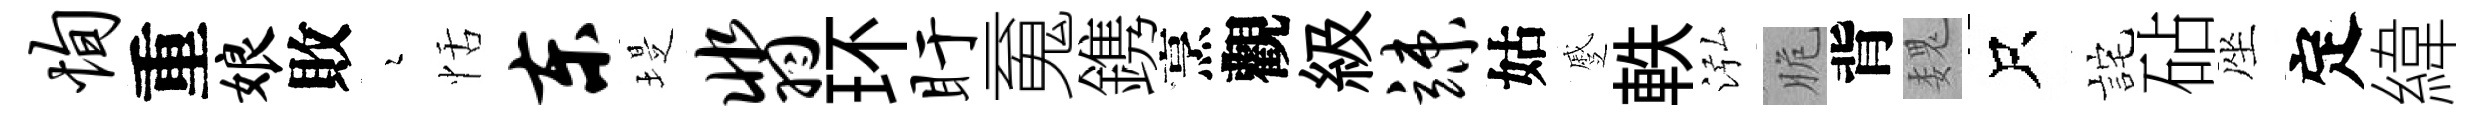
恂重娘敗瑟恬东堤翡环盱䰟鎸烹觀級竦姑蹙軼泓脆背魏只詫砧座定緯